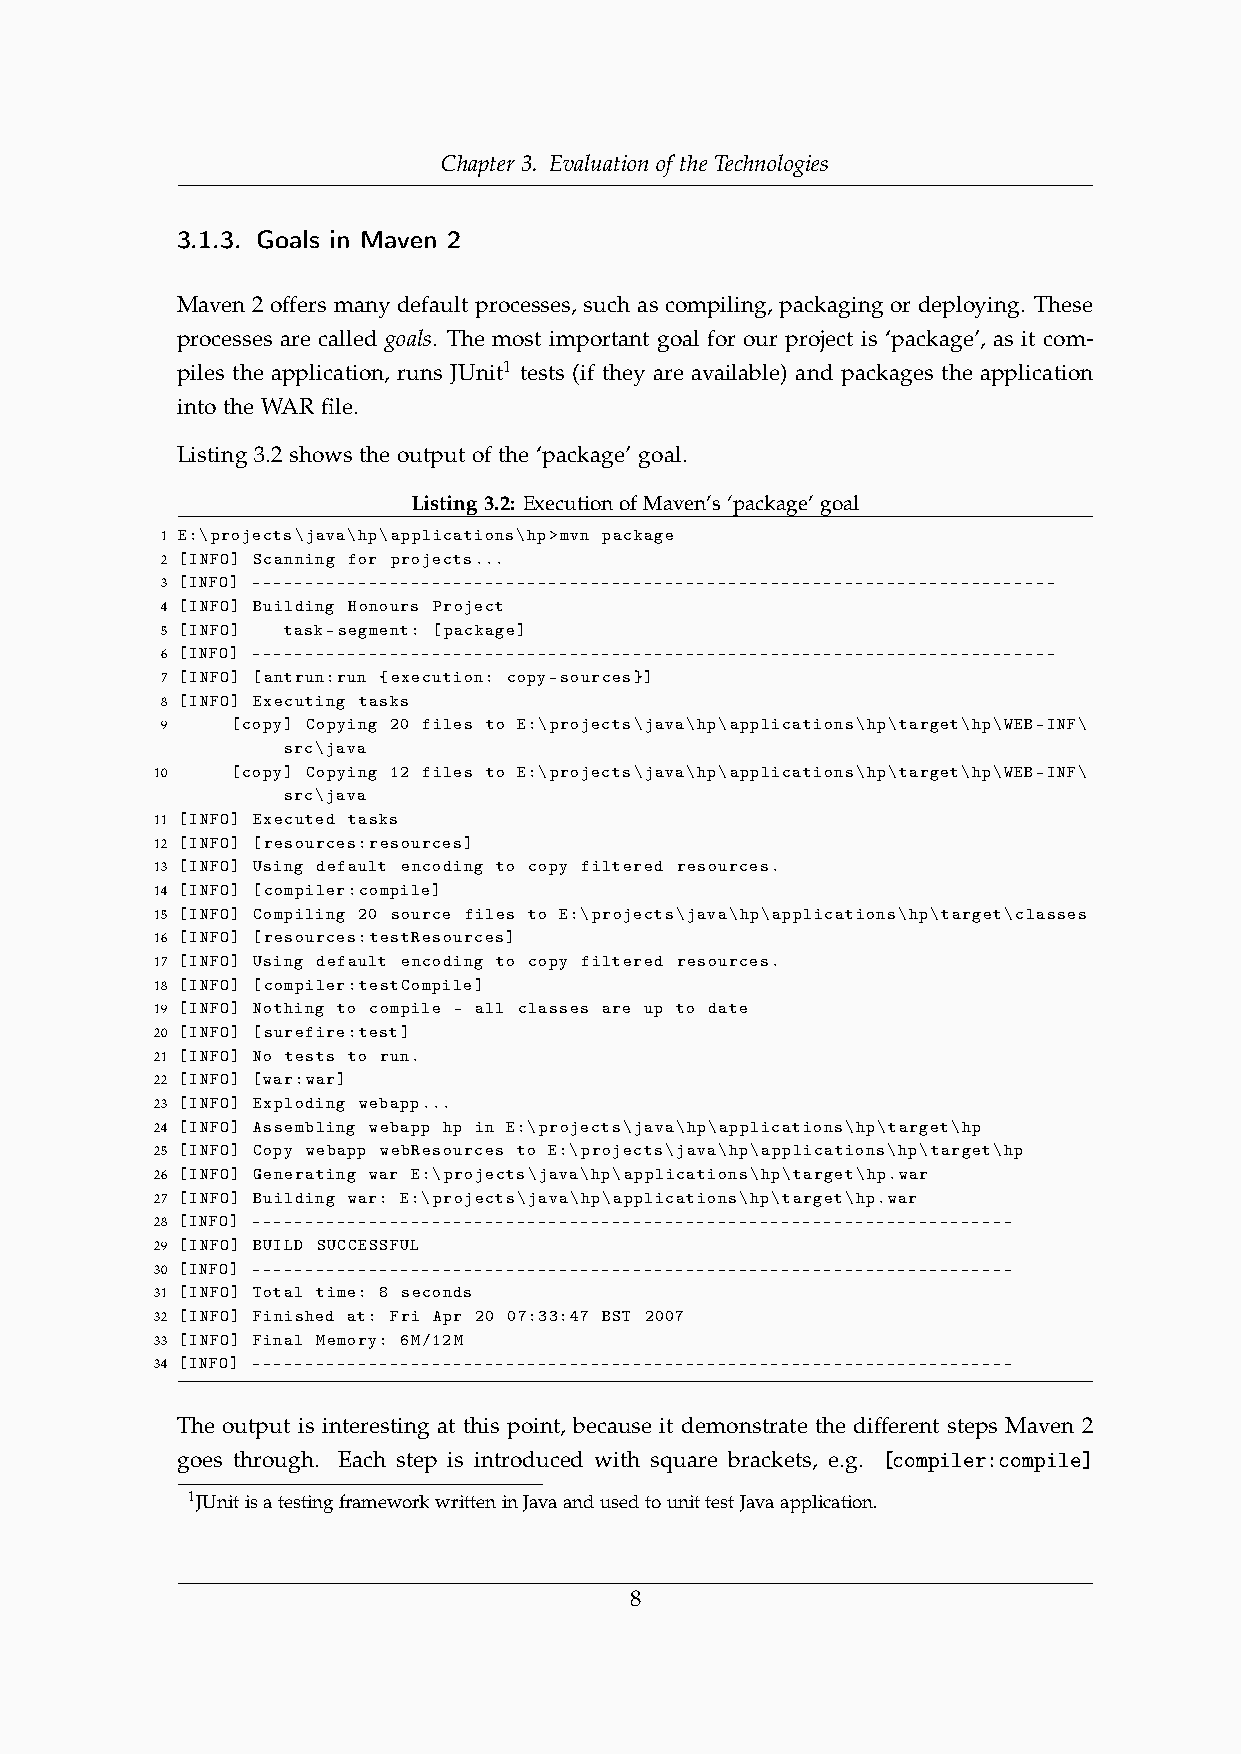
Chapter 3. Evaluation of the Technologies
 3.1.3. Goals in Maven 2
 Maven 2 offers many default processes, such as compiling, packaging or deploying. These
 processes are called goals. The most important goal for our project is ‘package’, as it com-
 piles the application, runs JUnit1 tests (if they are available) and packages the application
 into the WAR file.
 Listing 3.2 shows the output of the ‘package’ goal.
 Listing3.2: ExecutionofMaven’s‘package’goal
 1 E:\projects\java\hp\applications\hp>mvn package
 2 [INFO] Scanning for projects...
 3 [INFO] ----------------------------------------------------------------------------
 4 [INFO] Building Honours Project
 5 [INFO] task-segment: [package]
 6 [INFO] ----------------------------------------------------------------------------
 7 [INFO] [antrun:run {execution: copy-sources}]
 8 [INFO] Executing tasks
 9   [copy] Copying 20 files to E:\projects\java\hp\applications\hp\target\hp\WEB-INF\
 src\java
 10   [copy] Copying 12 files to E:\projects\java\hp\applications\hp\target\hp\WEB-INF\
 src\java
 11 [INFO] Executed tasks
 12 [INFO] [resources:resources]
 13 [INFO] Using default encoding to copy filtered resources.
 14 [INFO] [compiler:compile]
 15 [INFO] Compiling 20 source files to E:\projects\java\hp\applications\hp\target\classes
 16 [INFO] [resources:testResources]
 17 [INFO] Using default encoding to copy filtered resources.
 18 [INFO] [compiler:testCompile]
 19 [INFO] Nothing to compile - all classes are up to date
 20 [INFO] [surefire:test]
 21 [INFO] No tests to run.
 22 [INFO] [war:war]
 23 [INFO] Exploding webapp...
 24 [INFO] Assembling webapp hp in E:\projects\java\hp\applications\hp\target\hp
 25 [INFO] Copy webapp webResources to E:\projects\java\hp\applications\hp\target\hp
 26 [INFO] Generating war E:\projects\java\hp\applications\hp\target\hp.war
 27 [INFO] Building war: E:\projects\java\hp\applications\hp\target\hp.war
 28 [INFO] ------------------------------------------------------------------------
 29 [INFO] BUILD SUCCESSFUL
 30 [INFO] ------------------------------------------------------------------------
 31 [INFO] Total time: 8 seconds
 32 [INFO] Finished at: Fri Apr 20 07:33:47 BST 2007
 33 [INFO] Final Memory: 6M/12M
 34 [INFO] ------------------------------------------------------------------------
 The output is interesting at this point, because it demonstrate the different steps Maven 2
 goes through. Each step is introduced with square brackets, e.g. [compiler:compile]
 1JUnitisatestingframeworkwritteninJavaandusedtounittestJavaapplication.
 8